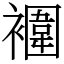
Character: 䙟